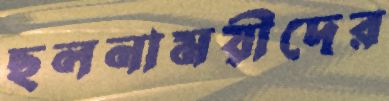
ছলনাময়ীদের